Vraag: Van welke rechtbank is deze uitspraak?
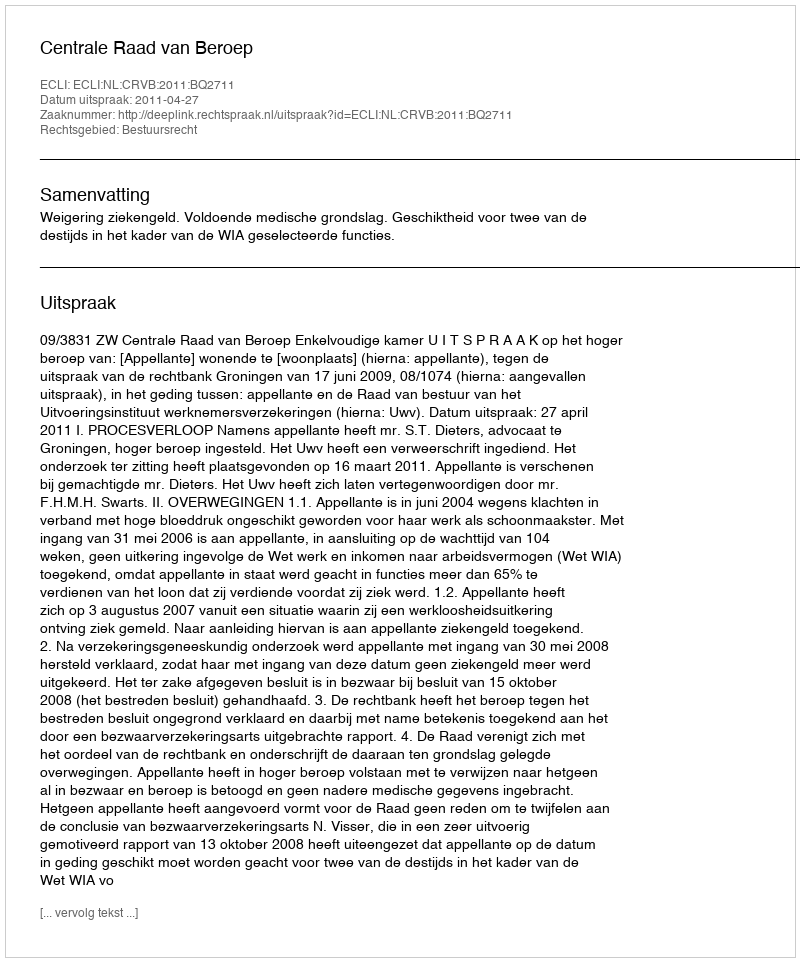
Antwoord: Centrale Raad van Beroep